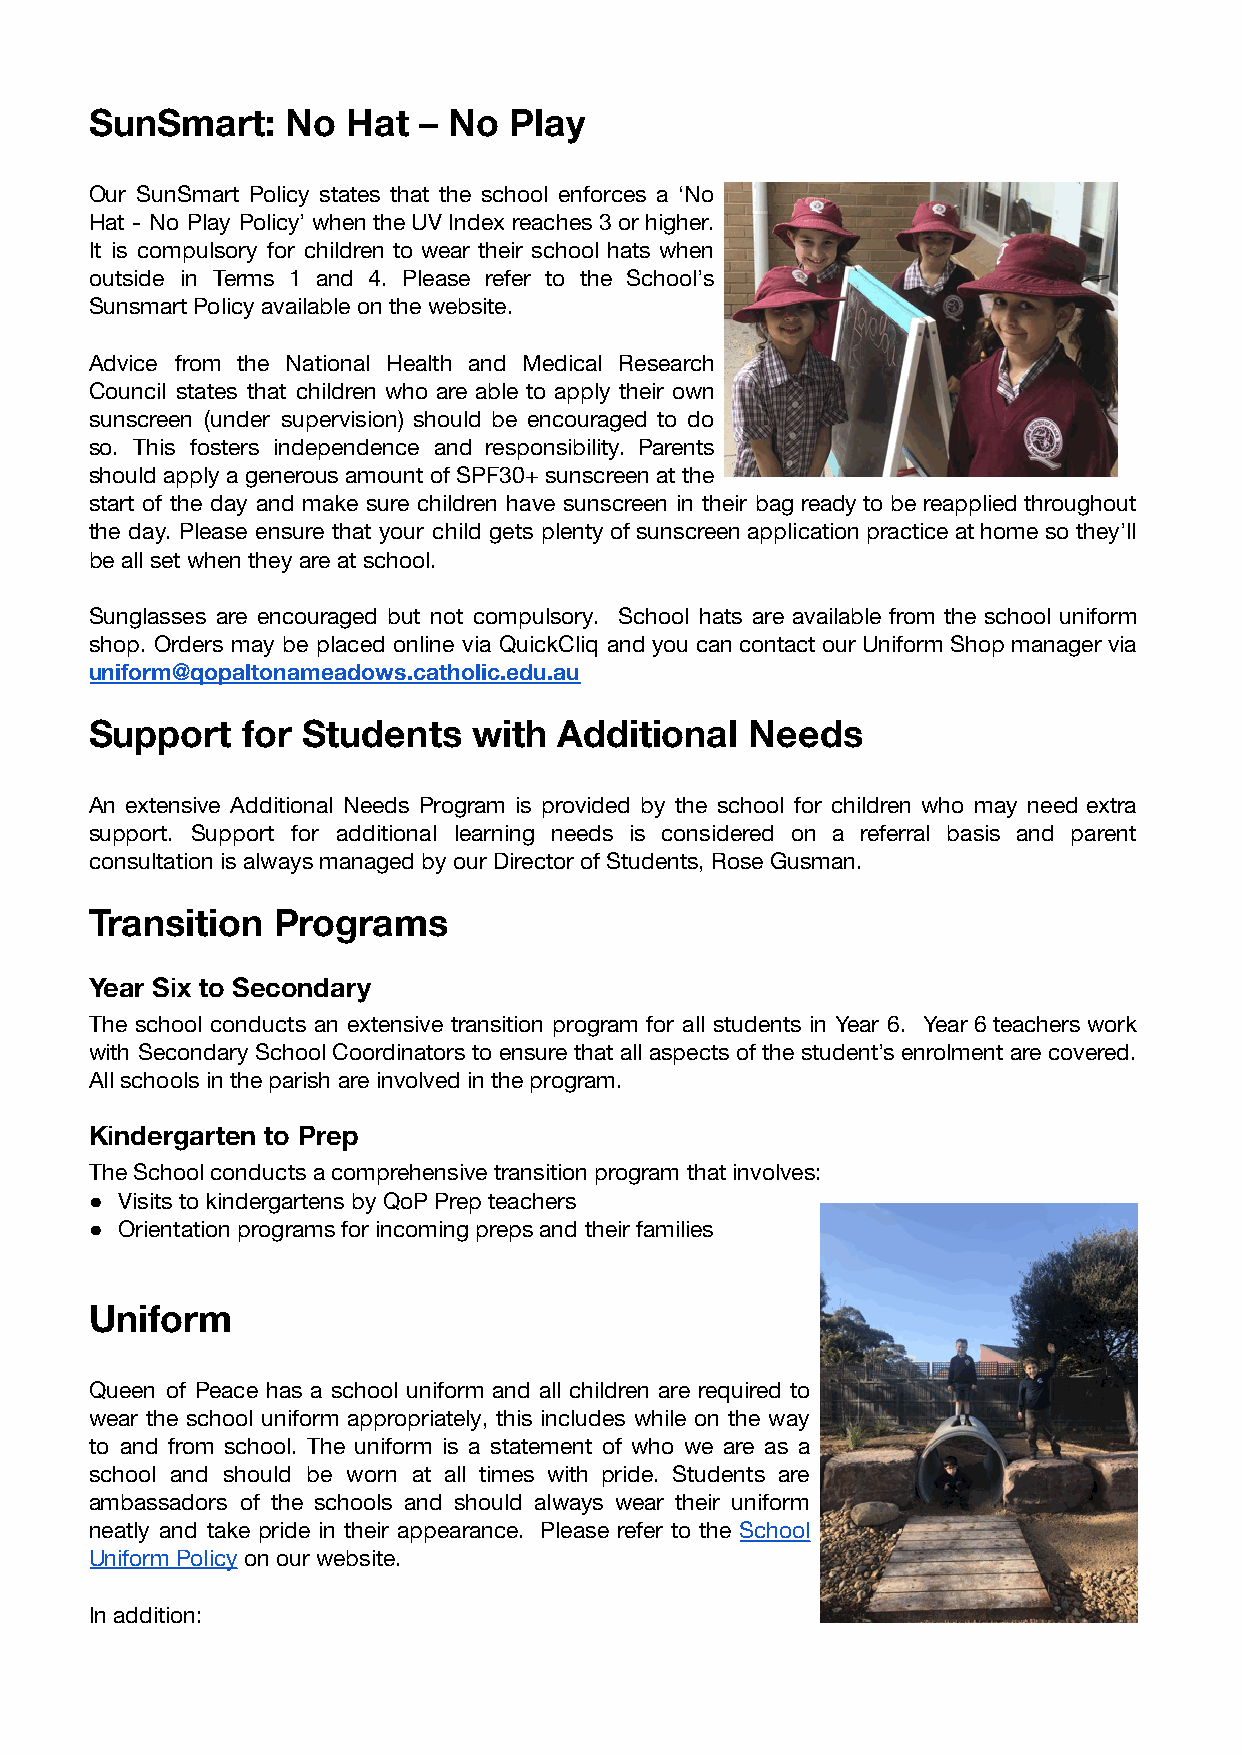
SunSmart:    No  Hat  – No  Play
 Our SunSmart Policy states that the school enforces a ‘No
 Hat - No Play Policy’ when the UV Index reaches 3 or higher.
 It is compulsory for children to wear their school hats when
 outside in Terms 1 and 4. Please refer to the School’s
 Sunsmart Policy available on the website.
 Advice from the National Health and Medical Research
 Council states that children who are able to apply their own
 sunscreen (under supervision) should be encouraged to do
 so. This fosters independence and responsibility. Parents
 should apply a generous amount of SPF30+ sunscreen at the
 start of the day and make sure children have sunscreen in their bag ready to be reapplied throughout
 the day. Please ensure that your child gets plenty of sunscreen application practice at home so they’ll
 be all set when they are at school.
 Sunglasses are encouraged but not compulsory. School hats are available from the school uniform
 shop. Orders may be placed online via QuickCliq and you can contact our Uniform Shop manager via
 uniform@qopaltonameadows.catholic.edu.au
 Support   for Students   with  Additional   Needs
 An extensive Additional Needs Program is provided by the school for children who may need extra
 support. Support for additional learning needs is considered on a referral basis and parent
 consultation is always managed by our Director of Students, Rose Gusman.
 Transition  Programs
 Year Six to Secondary
 The school conducts an extensive transition program for all students in Year 6. Year 6 teachers work
 with Secondary School Coordinators to ensure that all aspects of the student’s enrolment are covered.
 All schools in the parish are involved in the program.
 Kindergarten to Prep
 The School conducts a comprehensive transition program that involves:
 ● Visits to kindergartens by QoP Prep teachers
 ● Orientation programs for incoming preps and their families
 Uniform
 Queen of Peace has a school uniform and all children are required to
 wear the school uniform appropriately, this includes while on the way
 to and from school. The uniform is a statement of who we are as a
 school and should be worn at all times with pride. Students are
 ambassadors of the schools and should always wear their uniform
 neatly and take pride in their appearance. Please refer to the School
 Uniform Policy on our website.
 In addition: